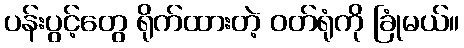
ပန်းပွင့်တွေ ရိုက်ထားတဲ့ ဝတ်ရုံကို ခြုံမယ်။